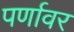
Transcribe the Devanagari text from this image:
पर्णावर